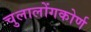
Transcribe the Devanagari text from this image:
चुलालोंगकोर्ण